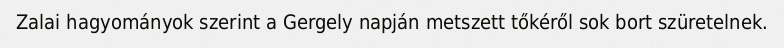
Zalai hagyományok szerint a Gergely napján metszett tőkéről sok bort szüretelnek.